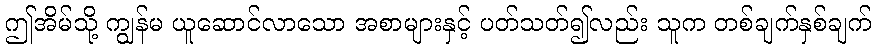
ဤအိမ်သို့ ကျွန်မ ယူဆောင်လာသော အစာများနှင့် ပတ်သတ်၍လည်း သူက တစ်ချက်နှစ်ချက်